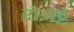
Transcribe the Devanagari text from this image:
रोझेट्टे